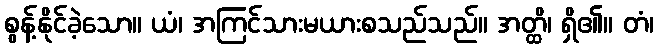
စွန့်နိုင်ခဲ့သော။ ယံ၊ အကြင်သားမယားစသည်သည်။ အတ္ထိ၊ ရှိ၏။ တံ၊